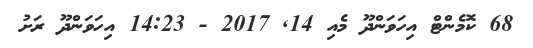
68 ކޮމެންޓް އިހަވަންދޫ މެއި 14